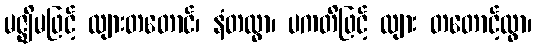
မဇ္ဈိမဖြင့် လျားတတောင်၊ နံတထွာ၊ ပကတိဖြင့် လျား တတောင့်ထွာ၊